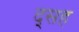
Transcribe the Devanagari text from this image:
द्सह